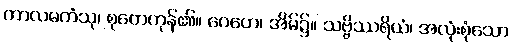
ကာလမကံသု၊ စုတေကုန်၏။ ဂေဟေ၊ အိမ်၌။ သဗ္ဗိဿရိယံ၊ အလုံးစုံသော